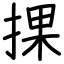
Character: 捰